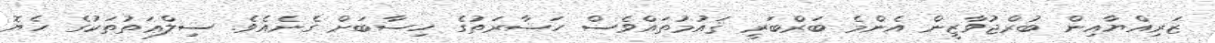
ޒަރިއްޔާއިން ބުރްޖުވާޒީން އެންމެ ބަރްބަރީ ޤައުމުތައްވެސް ހަޟާރަތުގެ ހިސާބަށް ގެނެއެވެ. ސިލްޢަތުތަކުގެ ހެޔޮ